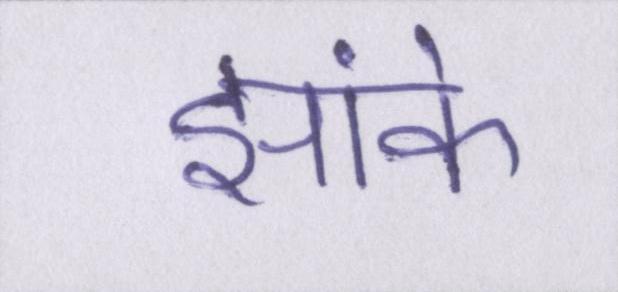
झांके